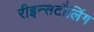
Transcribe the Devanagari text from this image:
रीइन्सटौलिंग